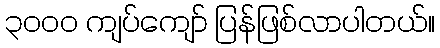
၃၀၀၀ ကျပ်ကျော် ပြန်ဖြစ်လာပါတယ်။